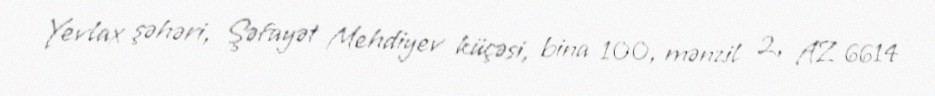
Yevlax şəhəri, Şəfayət Mehdiyev küçəsi, bina 100, mənzil 2, AZ 6614